Mental hospitals Bombay report 1921-28 - 1921-1928
Year: 1921
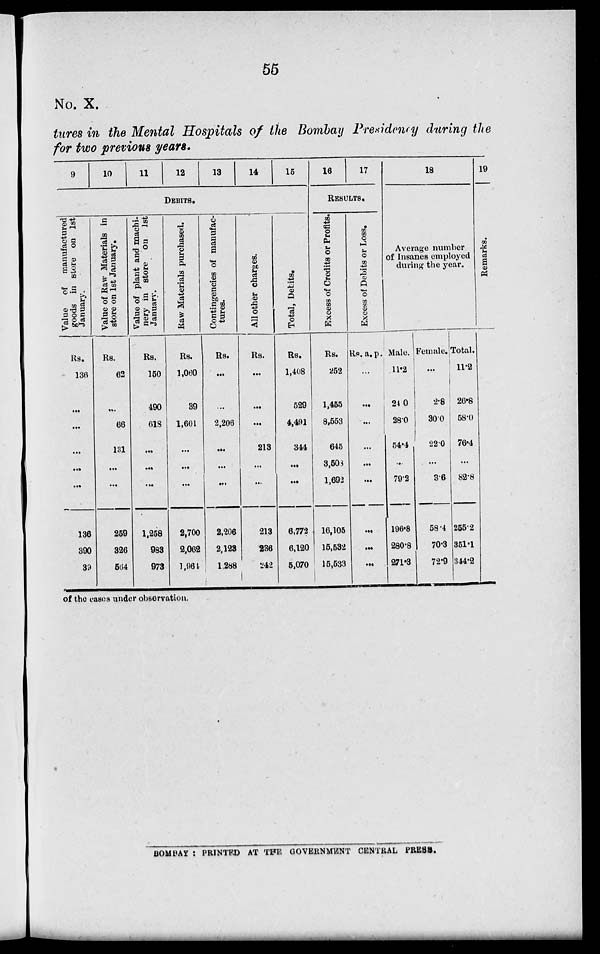
55
No. X.
tures in the Mental Hospitals of the Bombay Presidency during the
for two previous years.
9
10
11
12
13
14
15
DEBITS.
Value of manufactured
goods in store on 1st
January.
Rs.
136
...
...
...
...
...
136
390
39
Value of Raw Materials in
store on 1st January.
Rs.
62
...
66
131
...
...
259
326
564
Value of plant and machi-
nery in store on 1st
January.
Rs.
150
490
618
...
...
...
1,258
983
973
Raw Materials purchased.
Rs.
1,060
39
1,601
...
...
...
2,700
2,062
1,964
Contingencies of manufac-
tures.
Rs.
...
...
2,206
...
...
...
2,206
2,123
1,288
All other charges.
Rs.
...
...
...
213
...
...
213
236
242
Total, Debits.
Rs.
1,408
529
4,491
344
...
...
6,772
6,120
5,070
16
17
RESULTS.
Excess of Credits or Profits.
Rs.
252
1,455
8,553
645
3,503
1,692
16,105
15,532
15,533
Excess of Debits or Loss.
R s . a. p.
...
...
...
...
...
...
...
...
...
18
Average number
of Insanes employed
during the year.
Male.
11.2
24.0
28.0
54.4
...
79.2
196.8
280.8
271.3
Female.
...
2.8
30.0
22.0
...
3.6
58.4
70.3
72.9
Total.
11.2
26.8
58.0
76.4
...
82.8
255.2
351.1
344.2
19
Remarks.
of the cases under observation.
BOMBAY : PRINTED AT THE GOVERNMENT CENTRAL PRESS.